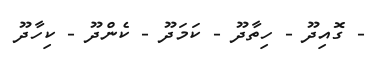
- ގޮއިދޫ - ހިތާދޫ - ކަމަދޫ - ކެންދޫ - ކިހާދޫ